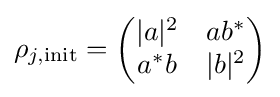
\rho _{j,{\text{init}}}={\begin{pmatrix}|a|^{2}&ab^{\ast }\\a^{\ast }b&|b|^{2}\end{pmatrix}}